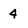
Character: 4